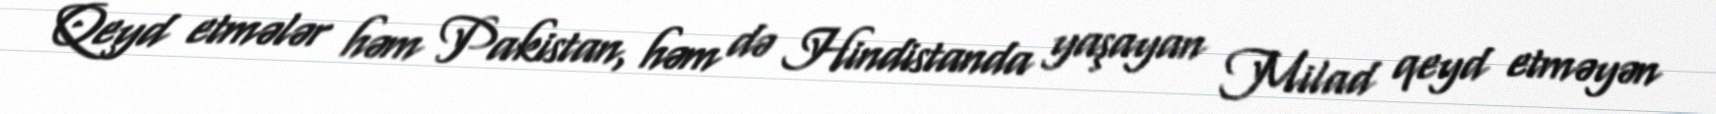
Qeyd etmələr həm Pakistan, həm də Hindistanda yaşayan Milad qeyd etməyən